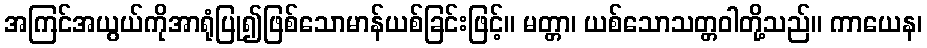
အကြင်အယွယ်ကိုအာရုံပြု၍ဖြစ်သောမာန်ယစ်ခြင်းဖြင့်။ မတ္တာ၊ ယစ်သောသတ္တဝါတို့သည်။ ကာယေန၊